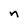
Character: n